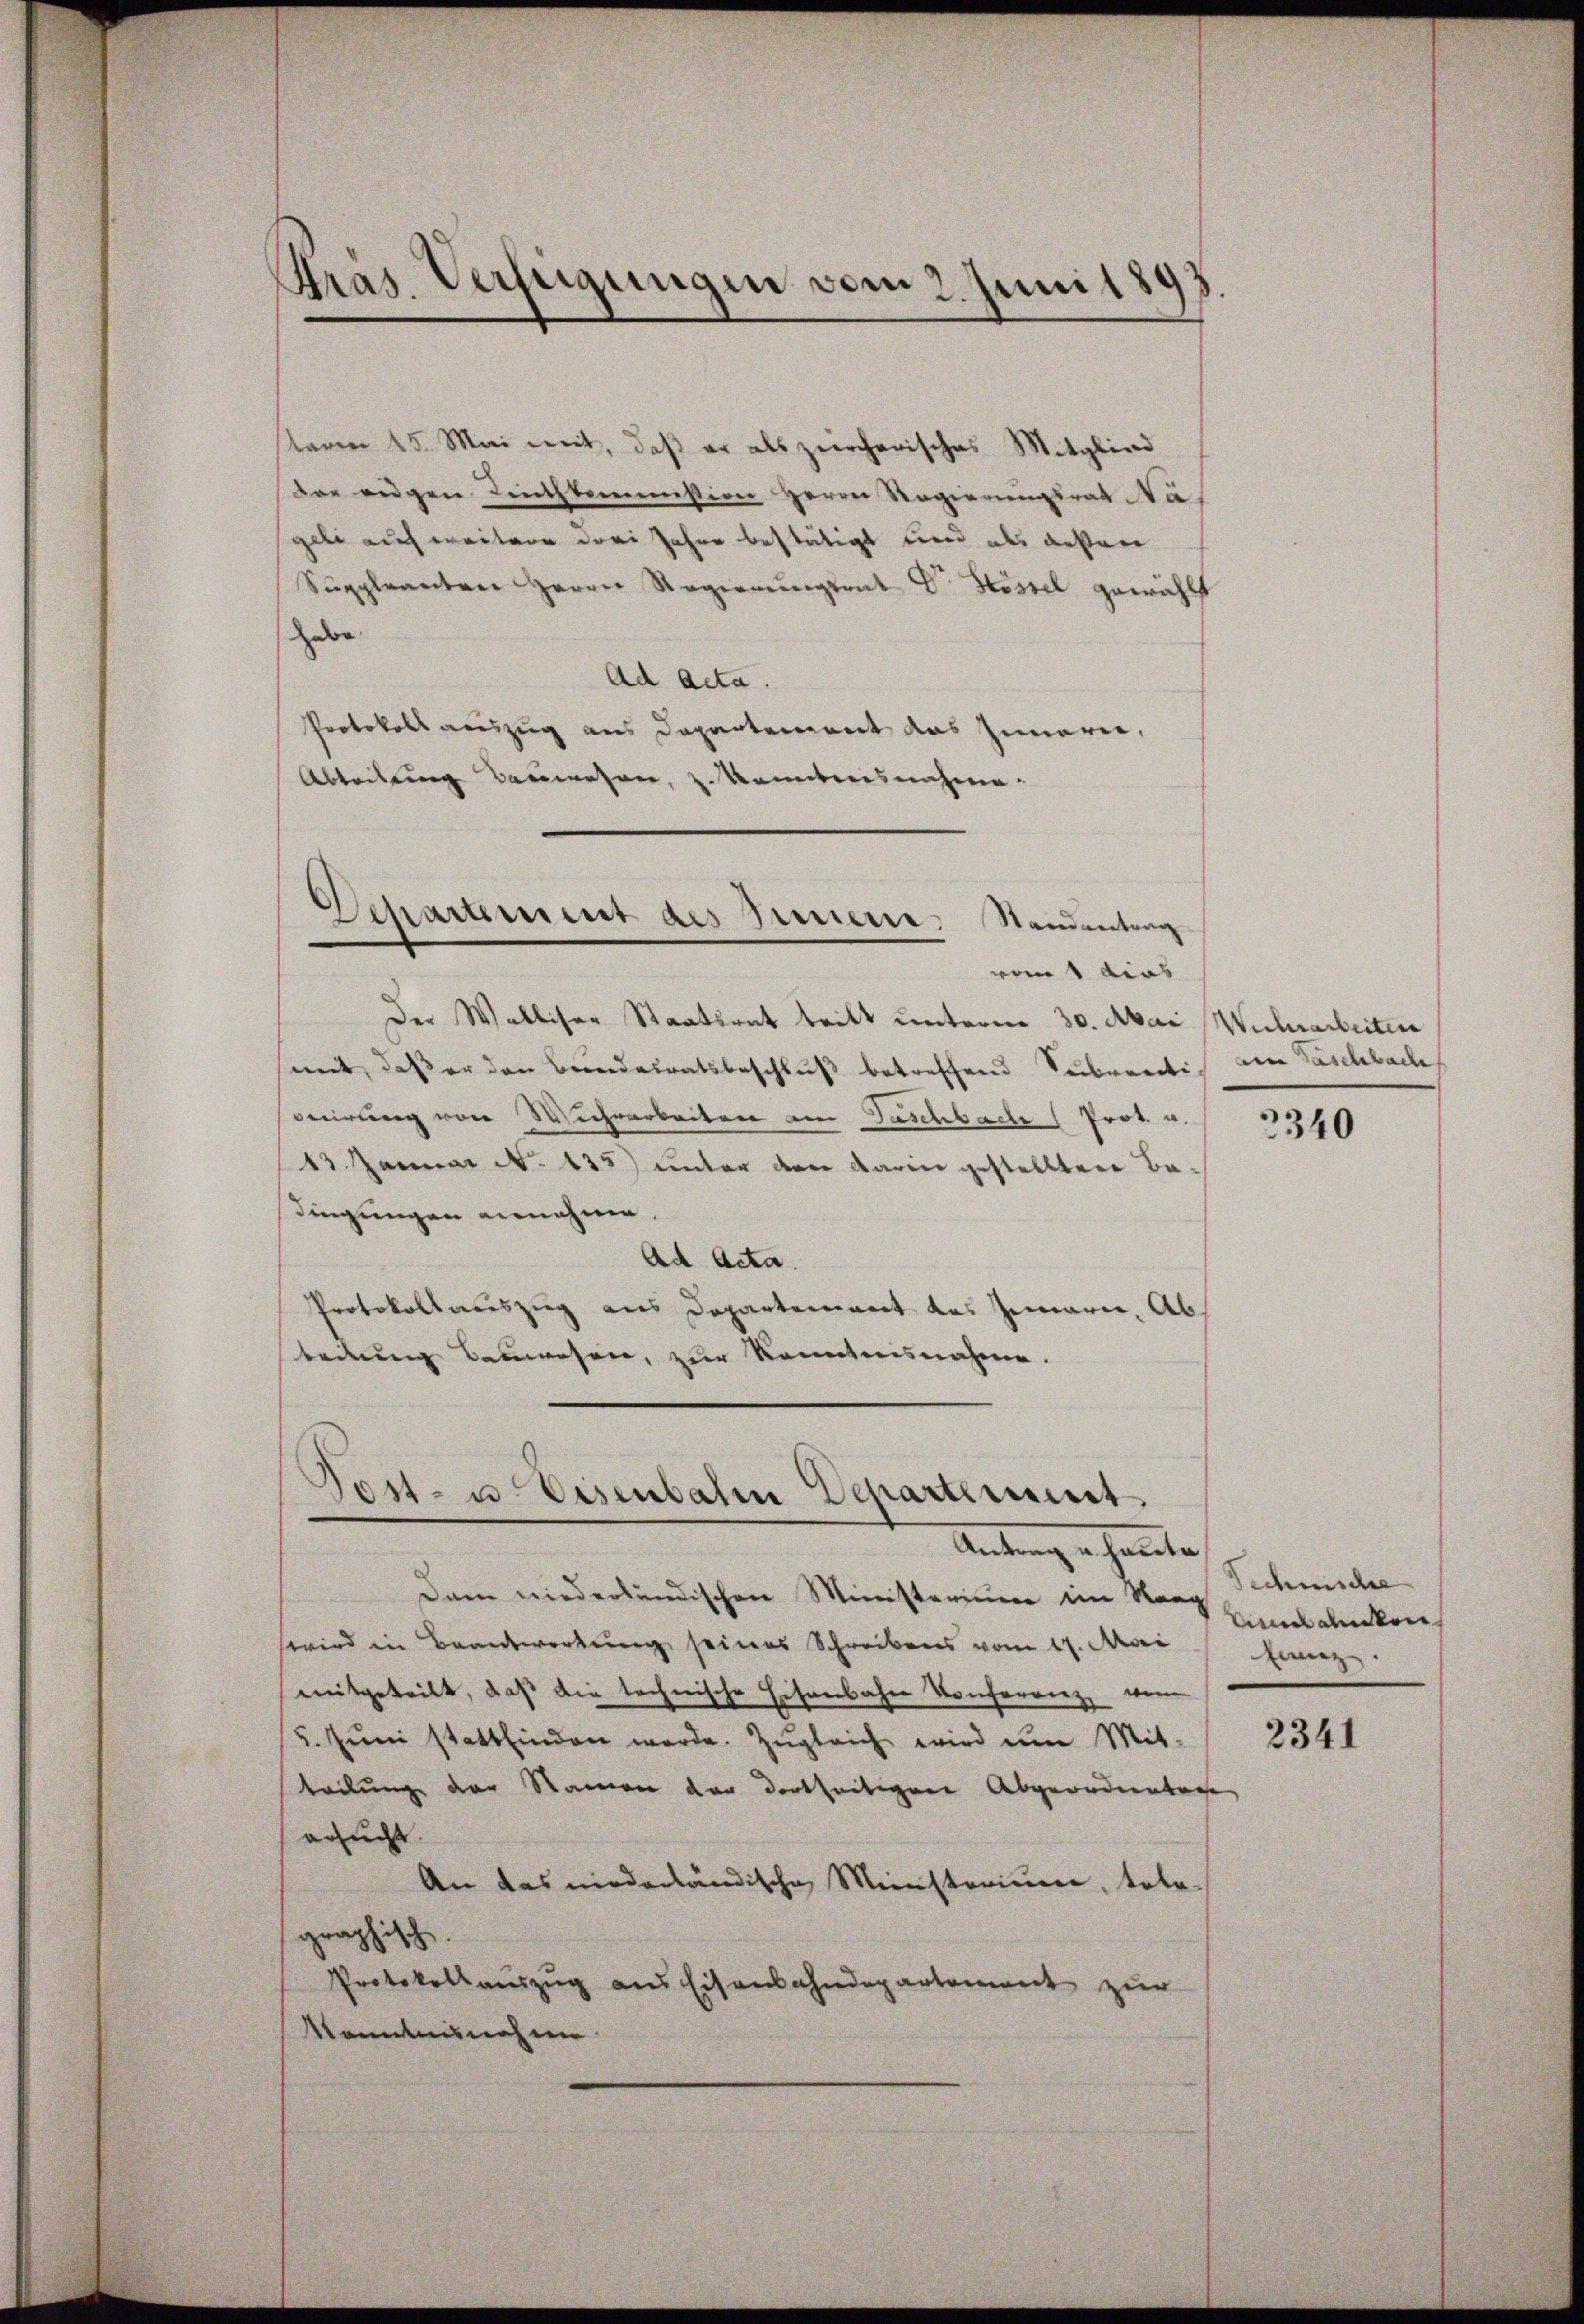
Präs. Verfügungen vom 2. Juni 1893

sterm 15. Mai mit, daß er als zürcherisches Mitglied
der eidgen Linthkommission Herrn Regierungsrat Nageli auch weitere drei Jahre bestätigt und als gesten
Suppleanten Herrn Regierŭngsrat Dr. Stössel gewählt
habe.
Ad Acta.
Protokoll auszug aus Departement das Innern,
Abteilung Bauwesen, z. Komiteesnahme.

)
Departement des Bernere Standentrag

vom 1 dies
Der Walliser Staatsrat tritt unterm 30. Mai Wuhrarbeiten
mit, daß er den Bendairatsbeschluß betreffend Subventi am Taschbache
eirung von Wuhrarbeiten am Taschbach (Prot. u.
13. Januar N. 135) unter der darin gestellten Ba-
dingungen annehme.
Ad Acta.
Protokollauszug aus Departement des Innern, Abs
teilung Bauwesen, zur Kenntnisnahme.

Post- u. Eisenbahn Departiment.

Antrag erhalten
Dann niederländischen Ministerium im Stang
wird in Beantwortung seines Schreibens vom 17. Mai
mitgeteilt, daß die technische Eisenbahn Konferrenz von
5. Jŭni stattfinden werde. Zŭgleich wird um Mit-
teilung der Namen der dortseitigen Abgeordnetage
ersucht.
An das niederländische Ministorium, totographisch.
Protokollaŭszŭg ans Eisenbahndepartement zur
Kenntnisnahme

2340

Technische
cinal denken
flanz.

2341